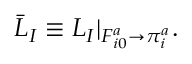
\bar { \cal L } _ { I } \equiv { \cal L } _ { I } | _ { \scriptstyle F _ { i 0 } ^ { a } \to \pi _ { i } ^ { a } } .